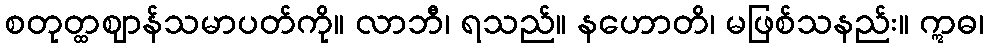
စတုတ္ထဈာန်သမာပတ်ကို။ လာဘီ၊ ရသည်။ နဟောတိ၊ မဖြစ်သနည်း။ ဣဓ၊